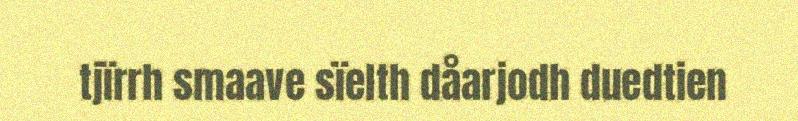
tjïrrh smaave sïelth dåarjodh duedtien